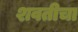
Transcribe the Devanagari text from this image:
शवतीचा